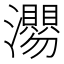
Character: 𭳴